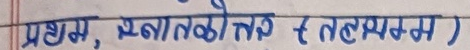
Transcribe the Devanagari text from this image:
प्रथम, स्नातक र तहसम्म )